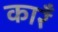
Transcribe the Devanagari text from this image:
कारँ